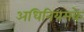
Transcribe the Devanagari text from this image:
अधिनियमके